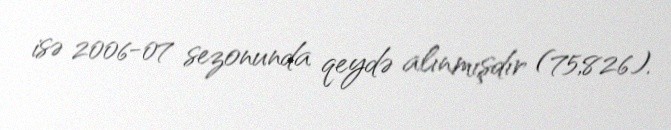
isə 2006-07 sezonunda qeydə alınmışdır (75,826).